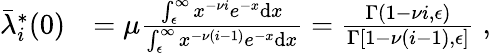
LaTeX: \begin{array}{rl}{\bar{\lambda}_{i}^{*}(0)}&{=\mu\frac{\int_{\epsilon}^{\infty}x^{-\nu i}e^{-x}\mathrm{d}x}{\int_{\epsilon}^{\infty}x^{-\nu(i-1)}e^{-x}\mathrm{d}x}=\frac{\Gamma(1-\nu i,\epsilon)}{\Gamma[1-\nu(i-1),\epsilon]}\; ,}\end{array}